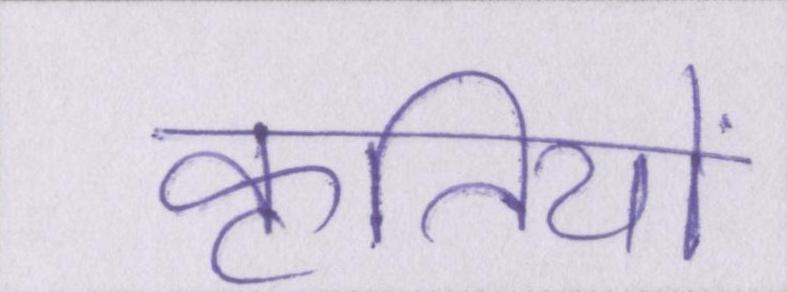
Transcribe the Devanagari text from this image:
कृतियों